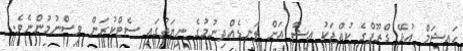
ހައިޝަމް އުޅޭ ގްރޫޕްގެ ކުއްޖަކު އިޝާ އަށް ލަނޑެއްދިނުމުގެ ނިޔަތުގައި ސެޓްކުރަން ވިސްނުމުންނެވެ.